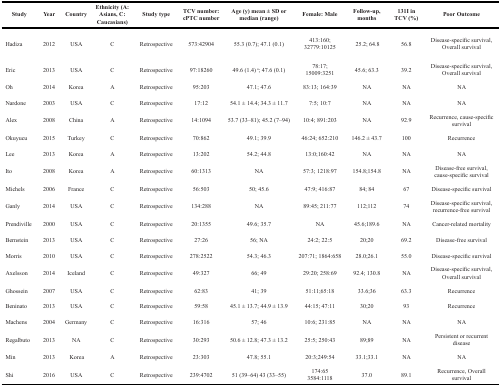
<table><thead><tr><td><b>Study</b></td><td><b>Year</b></td><td><b>Country</b></td><td><b>Ethnicity (A: Asians, C: Caucasians)</b></td><td><b>Study type</b></td><td><b>TCV number: cPTC number</b></td><td><b>Age (y) mean ± SD or median (range)</b></td><td><b>Female: Male</b></td><td><b>Follow-up, months</b></td><td><b>131I in TCV (%)</b></td><td><b>Poor Outcome</b></td></tr></thead><tbody><tr><td>Hadiza</td><td>2012</td><td>USA</td><td>C</td><td>Retrospective</td><td>573:42904</td><td>55.3 (0.7); 47.1 (0.1)</td><td>413:160; 32779:10125</td><td>25.2; 64.8</td><td>56.8</td><td>Disease-specific survival, Overall survival</td></tr><tr><td>Eric</td><td>2013</td><td>USA</td><td>C</td><td>Retrospective</td><td>97:18260</td><td>49.6 (1.4) a; 47.6 (0.1)</td><td>78:17; 15009:3251</td><td>45.6; 63.3</td><td>39.2</td><td>Disease-specific survival, Overall survival</td></tr><tr><td>Oh</td><td>2014</td><td>Korea</td><td>A</td><td>Retrospective</td><td>95:203</td><td>47.1; 47.6</td><td>83:13; 164:39</td><td>NA</td><td>NA</td><td>NA</td></tr><tr><td>Nardone</td><td>2003</td><td>USA</td><td>C</td><td>Retrospective</td><td>17:12</td><td>54.1 ± 14.4; 34.3 ± 11.7</td><td>7:5; 10:7</td><td>NA</td><td>NA</td><td>NA</td></tr><tr><td>Alex</td><td>2008</td><td>China</td><td>A</td><td>Retrospective</td><td>14:1094</td><td>53.7 (33–81); 45.2 (7–94)</td><td>10:4; 891:203</td><td>NA</td><td>92.9</td><td>Recurrence, cause-specific survival</td></tr><tr><td>Okuyucu</td><td>2015</td><td>Turkey</td><td>C</td><td>Retrospective</td><td>70:862</td><td>49.1; 39.9</td><td>46:24; 652:210</td><td>146.2 ± 43.7</td><td>100</td><td>Recurrence</td></tr><tr><td>Lee</td><td>2013</td><td>Korea</td><td>A</td><td>Retrospective</td><td>13:202</td><td>54.2; 44.8</td><td>13:0;160:42</td><td>NA</td><td>NA</td><td>NA</td></tr><tr><td>Ito</td><td>2008</td><td>Korea</td><td>A</td><td>Retrospective</td><td>60:1313</td><td>NA</td><td>57:3; 1218:97</td><td>154.8;154.8</td><td>NA</td><td>Disease-free survival, cause-specific survival</td></tr><tr><td>Michels</td><td>2006</td><td>France</td><td>C</td><td>Retrospective</td><td>56:503</td><td>50; 45.6</td><td>47:9; 416:87</td><td>84; 84</td><td>67</td><td>Disease-specific survival</td></tr><tr><td>Ganly</td><td>2014</td><td>USA</td><td>C</td><td>Retrospective</td><td>134:288</td><td>NA</td><td>89:45; 211:77</td><td>112;112</td><td>74</td><td>Disease-specific survival, recurrence-free survival</td></tr><tr><td>Prendiville</td><td>2000</td><td>USA</td><td>C</td><td>Retrospective</td><td>20:1355</td><td>49.6; 35.7</td><td>NA</td><td>45.6;189.6</td><td>NA</td><td>Cancer-related mortality</td></tr><tr><td>Bernstein</td><td>2013</td><td>USA</td><td>C</td><td>Retrospective</td><td>27:26</td><td>56; NA</td><td>24:2; 22:5</td><td>20;20</td><td>69.2</td><td>Disease-free survival</td></tr><tr><td>Morris</td><td>2010</td><td>USA</td><td>C</td><td>Retrospective</td><td>278:2522</td><td>54.3; 46.3</td><td>207:71; 1864:658</td><td>28.0;26.1</td><td>55.0</td><td>Disease-specific survival</td></tr><tr><td>Axelsson</td><td>2014</td><td>Iceland</td><td>C</td><td>Retrospective</td><td>49:327</td><td>66; 49</td><td>29:20; 258:69</td><td>92.4; 130.8</td><td>NA</td><td>Disease-specific survival, Overall survival</td></tr><tr><td>Ghossein</td><td>2007</td><td>USA</td><td>C</td><td>Retrospective</td><td>62:83</td><td>41; 39</td><td>51:11;65:18</td><td>33.6;36</td><td>63.3</td><td>Recurrence</td></tr><tr><td>Beninato</td><td>2013</td><td>USA</td><td>C</td><td>Retrospective</td><td>59:58</td><td>45.1 ± 13.7; 44.9 ± 13.9</td><td>44:15; 47:11</td><td>30;20</td><td>93</td><td>Recurrence</td></tr><tr><td>Machens</td><td>2004</td><td>Germany</td><td>C</td><td>Retrospective</td><td>16:316</td><td>57; 46</td><td>10:6; 231:85</td><td>NA</td><td>NA</td><td>NA</td></tr><tr><td>Regalbuto</td><td>2013</td><td>NA</td><td>C</td><td>Retrospective</td><td>30:293</td><td>50.6 ± 12.8; 47.3 ± 13.2</td><td>25:5; 250:43</td><td>89;89</td><td>NA</td><td>Persistent or recurrent disease</td></tr><tr><td>Min</td><td>2013</td><td>Korea</td><td>A</td><td>Retrospective</td><td>23:303</td><td>47.8; 55.1</td><td>20:3;249:54</td><td>33.1;33.1</td><td>NA</td><td>NA</td></tr><tr><td>Shi</td><td>2016</td><td>USA</td><td>C</td><td>Retrospective</td><td>239:4702</td><td>51 (39–64) 43 (33–55)</td><td>174:653584:1118</td><td>37.0</td><td>89.1</td><td>Recurrence, Overall survival</td></tr></tbody></table>